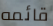
قائمه